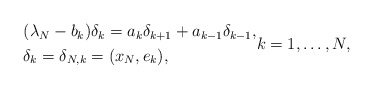
\begin{align*} \begin{aligned} & (\lambda_N-b_k)\delta_k=a_k\delta_{k+1}+a_{k-1}\delta_{k-1}, \\ & \delta_k=\delta_{N,k}=(x_N,e_k), \end{aligned} k=1,\ldots,N, \end{align*}